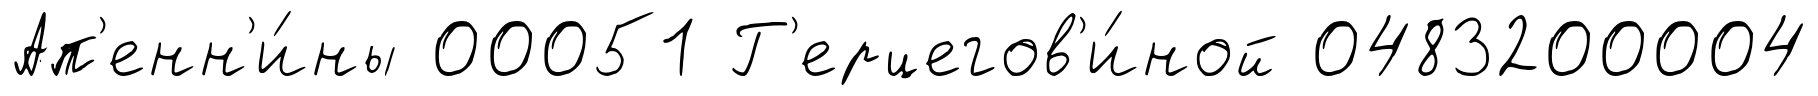
Ап'енн'и́ны 00051 Г'ерцегов'и́ной 0483200004